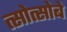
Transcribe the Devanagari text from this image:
त्सोत्सोबे